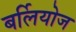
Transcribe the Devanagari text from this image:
बर्लियोज